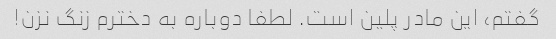
گفتم، این مادر پلین است. لطفا دوباره به دخترم زنگ نزن!